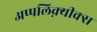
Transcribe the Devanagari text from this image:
अप्पलिक़्यीक्स